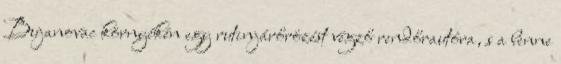
Bujanovac környékén egy rutinjárőrözést végző rendőrautóra, s a benne